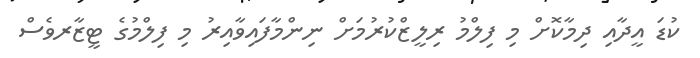
ކުޑަ އީދާއި ދިމާކޮށް މި ފިލްމު ރިލީޒްކުރުމަށް ނިންމާފައިވާއިރު މި ފިލްމުގެ ޓީޒާރވެސް